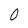
Character: 0